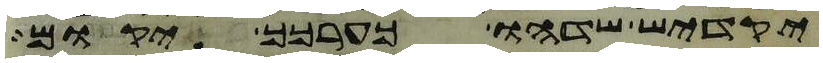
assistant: יקדיש שדהו כערכך יקום